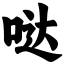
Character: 哒